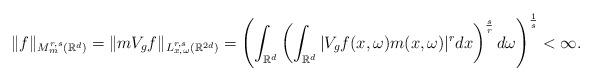
LaTeX: \begin{align*}\|f\|_{M_m^{r,s} (\mathbb{R}^d)}= \|m V_gf\|_{L_{x,\omega}^{r,s} (\mathbb{R}^{2d})} = \left(\int_{\mathbb{R}^d} \left(\int_{\mathbb{R}^d} |V_g f(x, \omega) m (x, \omega) |^r d x\right)^{\frac{s}{r}} d \omega\right)^{\frac{1}{s}} < \infty.\end{align*}